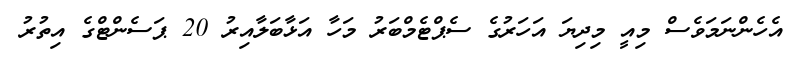
އެހެންނަމަވެސް މިއީ މިދިޔަ އަހަރުގެ ސެޕްޓެމްބަރު މަހާ އަޅާބަލާއިރު 20 ޕަސެންޓްގެ އިތުރު